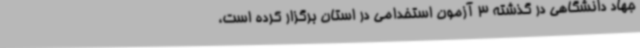
جهاد دانشگاهی در گذشته 3 آزمون استخدامی در استان برگزار کرده است،